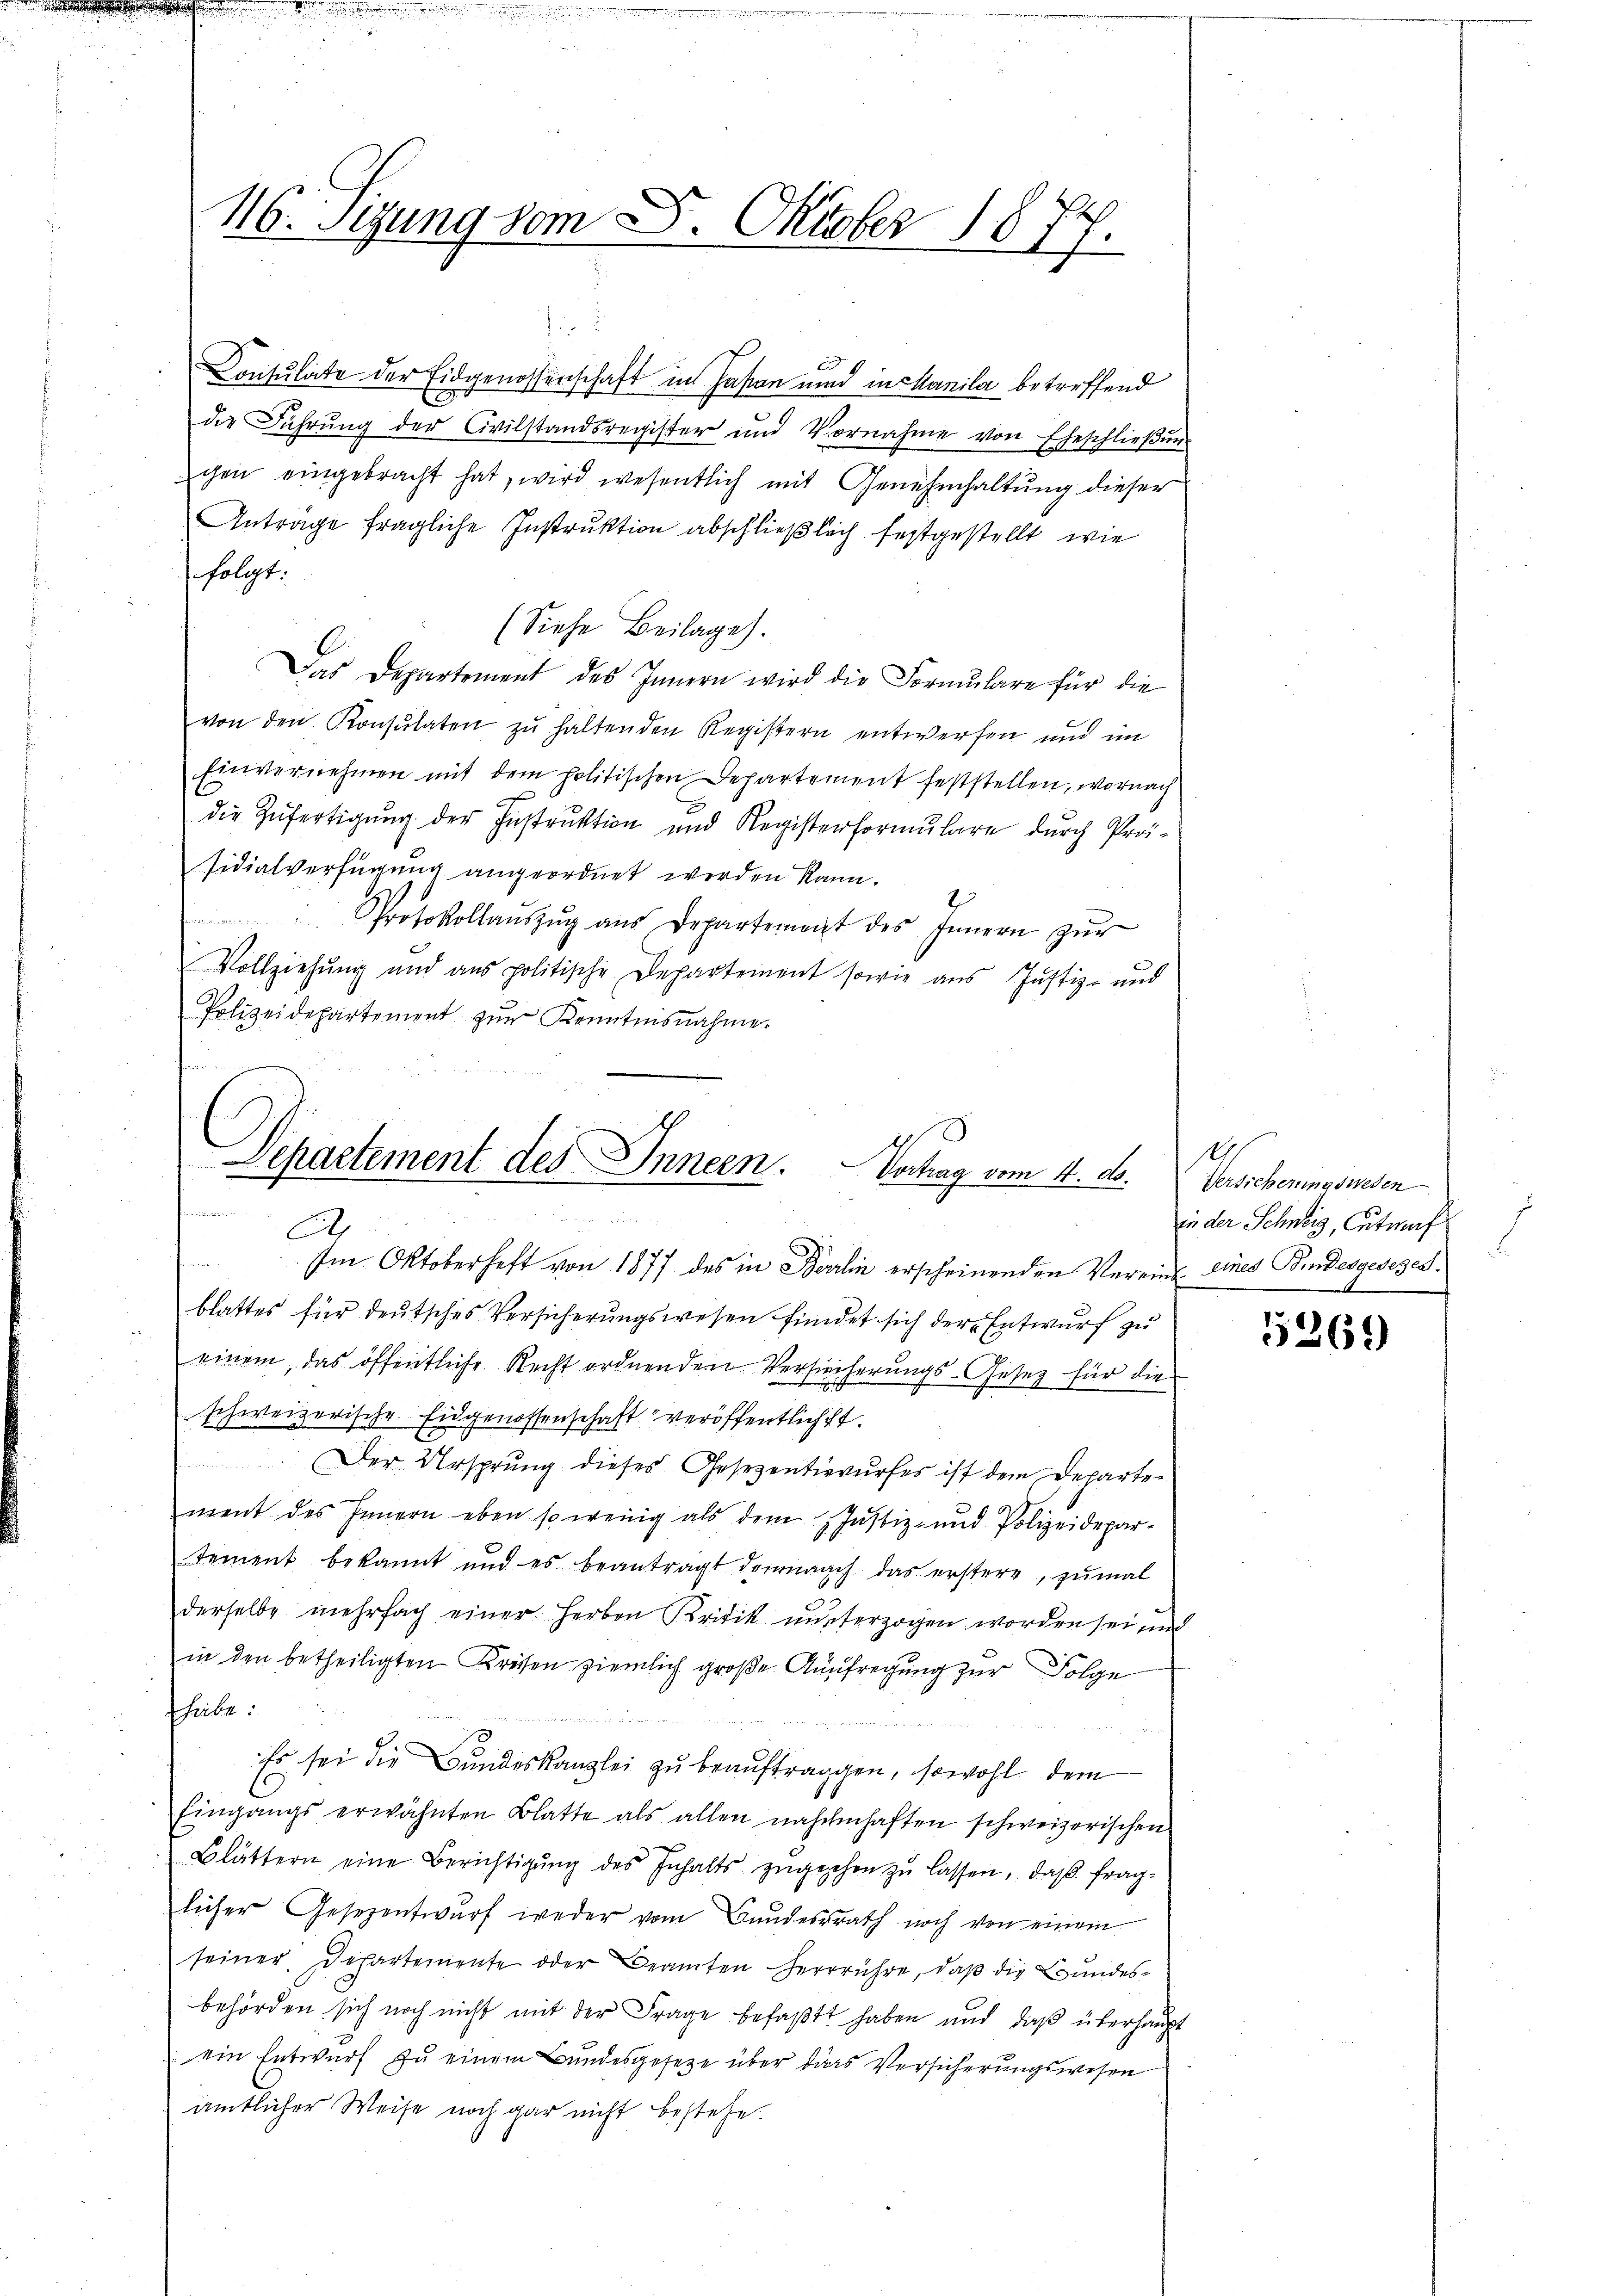
116. Sizung vom 8. Oktober 1877.

u
Consulate der Eidgenossenschaft in Hasen und in Manila betreffend
19
die Führŭng der Civilstandsregister und Vornahme von Eheschlieβŭng
gen eingebracht hat, wird wesentlich mit Genehmhaltŭng dieser
Antrage fragliche Instruktion abschließlich festgestellt, wie
folgt.
(Siehe Beilage.
Das Departement des Innern wird die Formŭlare für die
von den Konsulaten zu haltenden Registern entwerfen und im
Einvernehmen mit dem politischen Departement feststellen, wornach
die Zŭfertigŭng der Instrŭktion und Registerformŭlare dŭrch Pro-
sidialverfügung angeordnet werden kann.
Protokollaŭszŭg aŭs Departement des Innern zŭr
Vollziehung und aus politische Departement sowie aus Justiz- und
Polizeidepartement zur Kenntnisnahme.
e

Separtement des Innern.
Vortrag vom 4. d.
A

.
Im Oktoberhaft von 1877 des in Berlin erscheinenden Vereine eines Bindesgesezesblattes für deutsches Versicherungswesen findet sich der Entwurf zu
einem, das öffentliche Recht ordnenden Versiecherŭngs-Gesetz für die
schweizerische Eidgenossenschaft veröffentlichst.
.Der Ursprung dieses Gesezentievurfes ist dem Departement des Innern eben so wenig als dem Justiz- und Polizeidepar-
tement bekannt und es beantragt demnach das erstere, zŭmal
c
derselbe mehrfach einer Herben Kritik unterzogen worden sei und
in den betheiligten Kreisen ziemlich große Aufregung zur Folge
habe:
  a Parten
Es sei die Bundeskanzlei zu beauftragen, sowohl dem
Eingangs erwähnten Blatte als allen nahmhaften schweizerischen
Blättern eine Berichtigŭng des Inhalts zŭgesehen zŭ lassen, daβ fragbücher Gesezentwŭrf weder vom Bundesrath noch von einem
seiner Departemente oder Beamten Herrrühre, daß die Bundesbehörden sich noch nicht mit der Frage befaßt haben und daß überhaupt
ein Entwurf zu einem Bundesgesetze über das Versicherungswesen
ämtlicher Weise noch gar nicht bestehe

1
Versicherungswesen
in der Schweiz, Antworf

5369